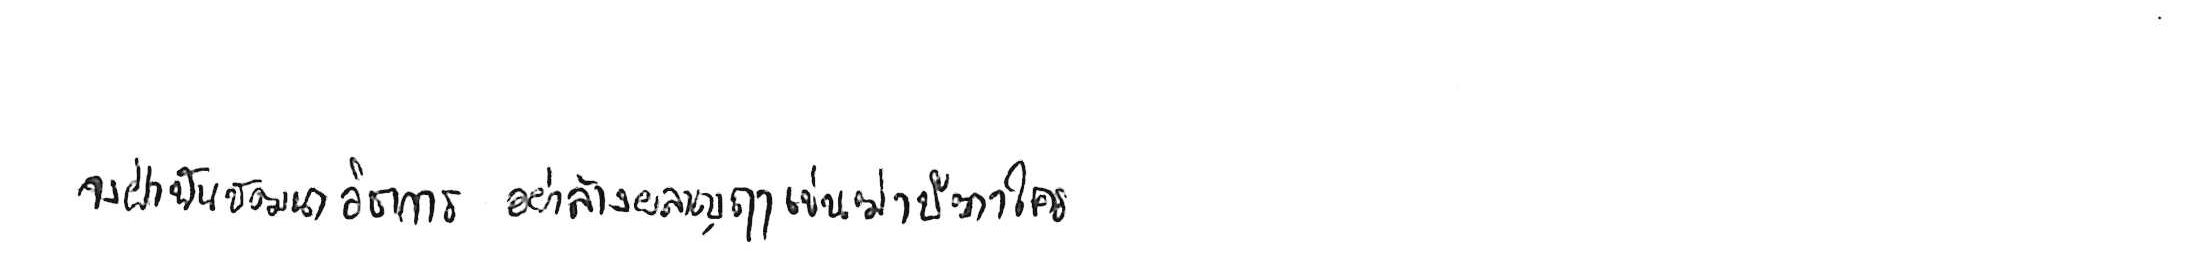
จงฝ่าฟันพัฒนาวิชาการ อย่าล้างผลาญฤๅเข่นฆ่าบีฑาใคร